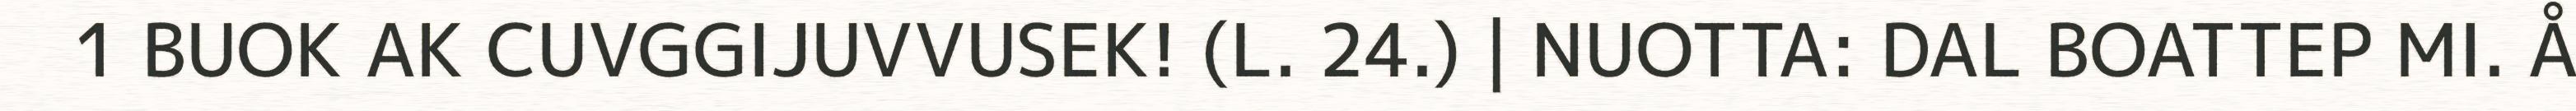
1 BUOK AK CUVGGIJUVVUSEK! (L. 24.) | NUOTTA: DAL BOATTEP MI. Å